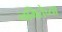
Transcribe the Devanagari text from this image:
नमितेच्या